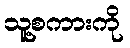
သူ့စကားကို